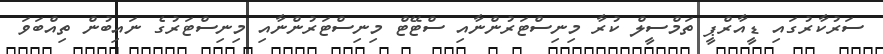
ސަރުކާރުގައި ޑީއާރްޕީ ތަމްސީލް ކުރާ މިނިސްޓަރުންނާއި ސްޓޭޓް މިނިސްޓަރުންނާއި މިނިސްޓަރުގެ ނައިބުން ތިއްބަވަ